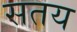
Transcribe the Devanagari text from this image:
सतय